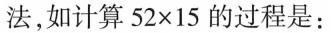
法，如计算 $$5 2 \times 1 5$$ 的过程是：